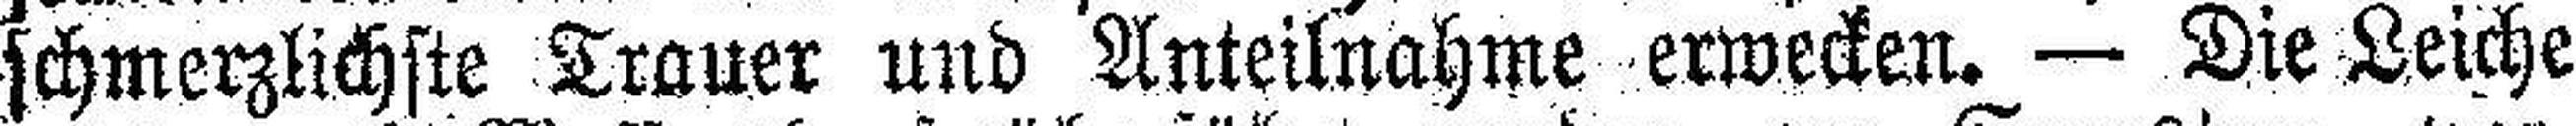
schmerzlichste Trauer und Anteilnahme erwecken. — Die Leiche